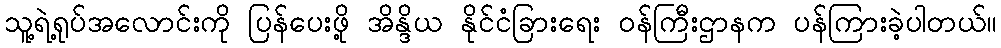
သူ့ရဲ့ရုပ်အလောင်းကို ပြန်ပေးဖို့ အိန္ဒိယ နိုင်ငံခြားရေး ဝန်ကြီးဌာနက ပန်ကြားခဲ့ပါတယ်။